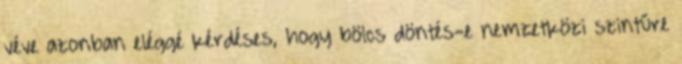
véve azonban eléggé kérdéses, hogy bölcs döntés-e nemzetközi szintűre